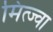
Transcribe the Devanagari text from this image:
मित्ज्वा